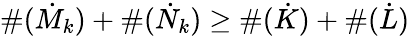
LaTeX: \# (\dot{M}_{k})+\# (\dot{N}_{k})\geq\# (\dot{K})+\# (\dot{L})